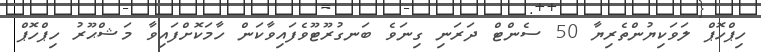
ހިޕްހޮޕް ލަވަކިޔުންތެރިޔާ 50 ސެންޓް ދަރަނި ގިނަވެ ބަނގުރޫޓޫވެފައިވާކަން ހާމަކޮށްފައިވާ މަޝްޙޫރު ހިޕްހޮޕް